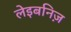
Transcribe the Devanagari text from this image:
लेइबनिज़